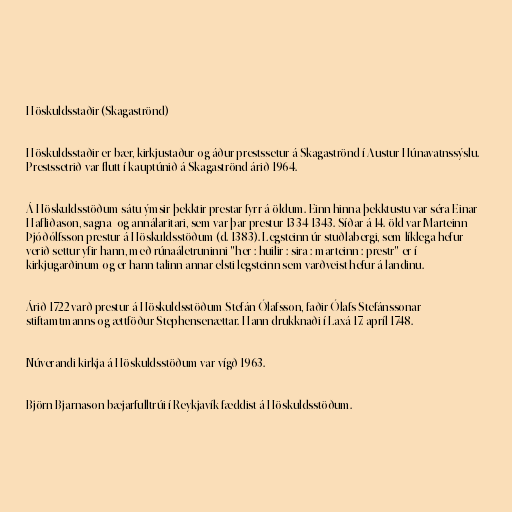
Höskuldsstaðir (Skagaströnd)

Höskuldsstaðir er bær, kirkjustaður og áður prestssetur á Skagaströnd í Austur-Húnavatnssýslu.
Prestssetrið var flutt í kauptúnið á Skagaströnd árið 1964.

Á Höskuldsstöðum sátu ýmsir þekktir prestar fyrr á öldum. Einn hinna þekktustu var séra Einar
Hafliðason, sagna- og annálaritari, sem var þar prestur 1334-1343. Síðar á 14. öld var Marteinn
Þjóðólfsson prestur á Höskuldsstöðum (d. 1383). Legsteinn úr stuðlabergi, sem líklega hefur
verið settur yfir hann, með rúnaáletruninni "her : huilir : sira : marteinn : prestr" er í
kirkjugarðinum og er hann talinn annar elsti legsteinn sem varðveist hefur á landinu.

Árið 1722 varð prestur á Höskuldsstöðum Stefán Ólafsson, faðir Ólafs Stefánssonar
stiftamtmanns og ættföður Stephensenættar. Hann drukknaði í Laxá 17. apríl 1748.

Núverandi kirkja á Höskuldsstöðum var vígð 1963.

Björn Bjarnason bæjarfulltrúi í Reykjavík fæddist á Höskuldsstöðum.